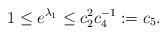
\begin{align*}1\le e^{\lambda_{1}}\le c^{2}_{2}c_{4}^{-1}:=c_{5}.\end{align*}